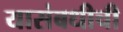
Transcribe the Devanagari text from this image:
यासंबधीची